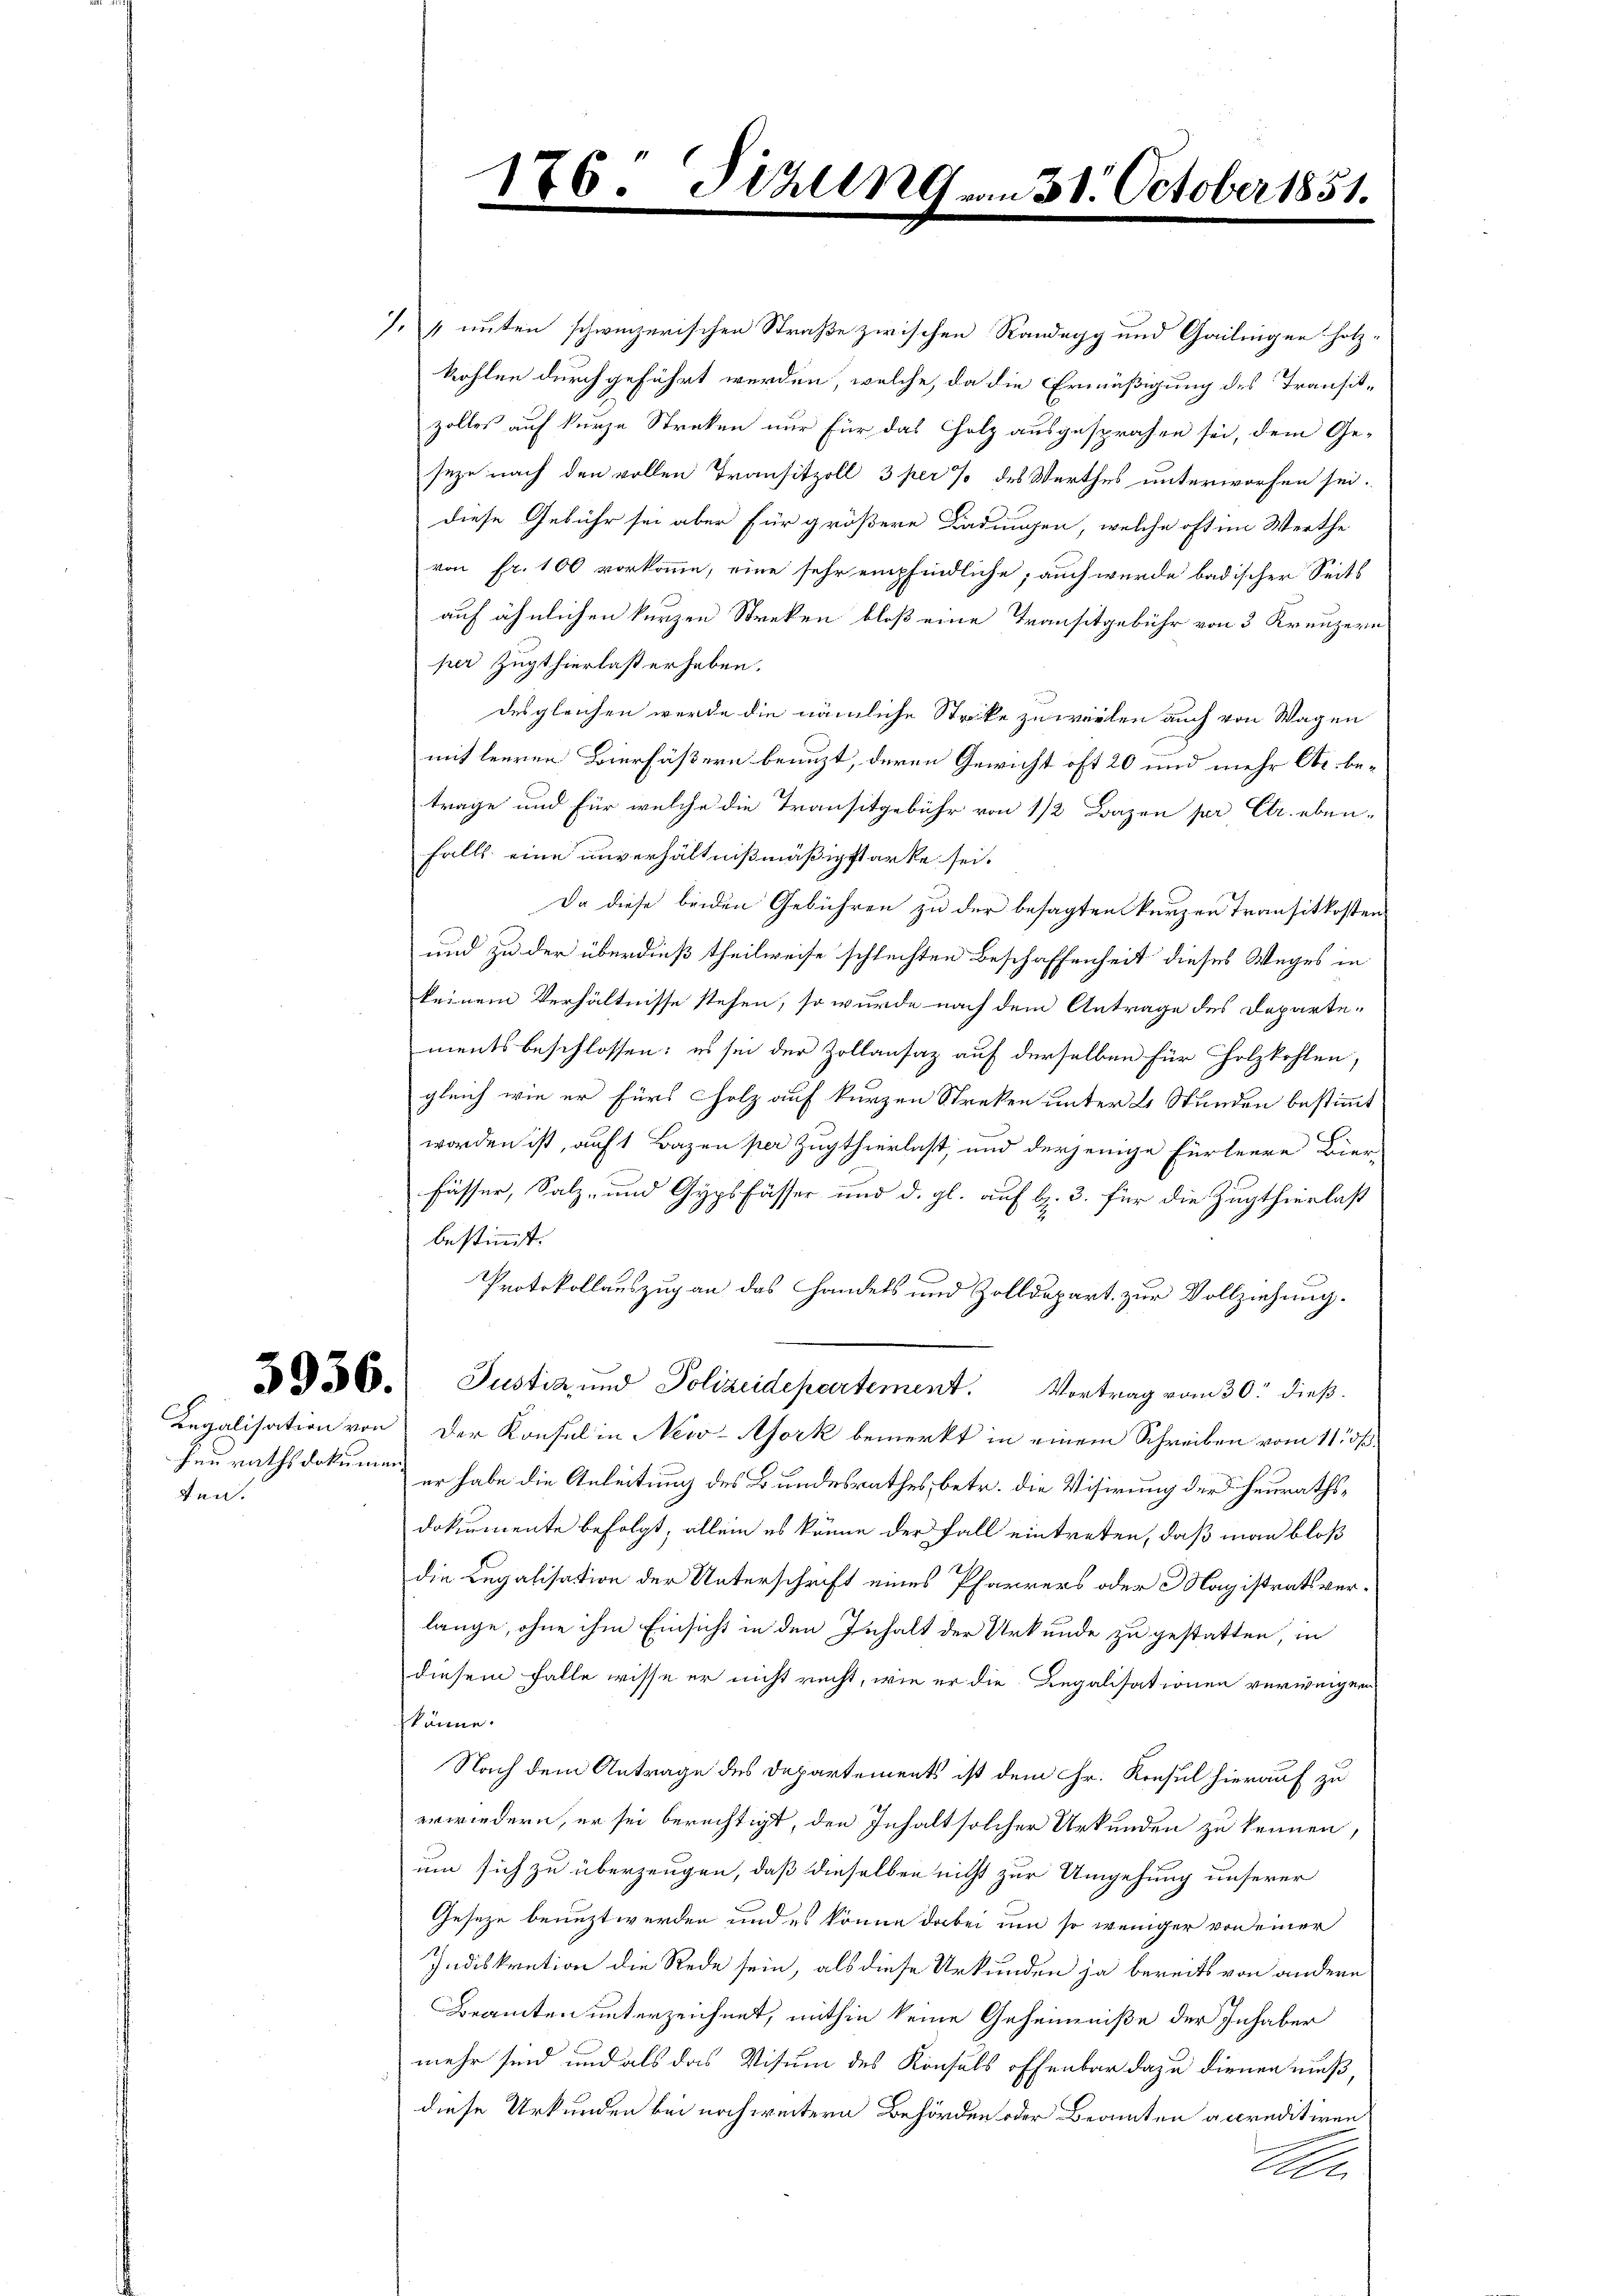
ten.

.

6. Sizung
e

7. & unten schweizerischen Straße zwischen Randegg und Gailingen hotz-
kohlen durchgeführt werden, welche, da die Ermäßigung des Transitzolles auf kurze Streken nur für das Holz ausgesprochen sei, dem Ge-
seze nach den vollen Transitzoll 3 per % des Werthes unterworfen sei.
diese Gebühr sei aber für größere Ladungen, welche oft im Werthe
von fr. 100 vorkomme, eine sehr empfindliche, auch wurde badischer Seits
auf ähnlichen kurzen Streken bloß eine Transitgebühr von 3 Kreuzern
per Zugthierlast erheben.
desgleichen werde die nämliche Stoke zuweilen auch von Wagen
mit leeren Bierfäßern benuzt, deren Gewicht oft 20 und mehr Obr. betrage und für welche die Transitgebühr von 1/2 Bazen pr Ctr. eben-
falls eine unverhältnißmäßig starke sei.
Da diese beiden Gebühren zu der besagten kurzen Transitkosten
und zu der überdieß theilweise schlechten Beschaffenheit dieses Weges in
keinem Verhältnisse stehen, so wurde nach dem Antrage des Departementsbeschlossen: es sei der Zollansaz auf derselben für Holzkohlen,
gleich wie er fürs Holz auf kurzen Streken unter 2 Stunden bestimmt
worden ist, auf 1 Bazen per Zugthierlast, und derjenige Fürteere Bier-
Fässer, Salz- und Gypsfässer und d. gl. auf d. 3. für die Zugthierlast
bestimmst.
C
Protokollauszug an das Handels und Zolldepart zur Vollziehung.
356. Justiz und Polizeidepartement. Vortrag vom 30. dieß.
Legalisation von der Konsul in New-Afork bemerkt in einem Schreiben vom 11t ös
henrathsdokumen er habe die Anleitung des Bundesrathes, betr. die Visirung der Heuraths¬
Dokumente befolgt, allein es könne der Fall eintreten, daß man bloß
die Legalisation der Unterschrift eines Pfarrers oder Magistratsverlange, ohne ihm Einsicht in den Inhalt der Urkunde zu gestatten, in
diesem Falle wisse er nicht recht, wie er die Legalisationen verweigen
könne.
Nach dem Antrage des Departements ist dem Hr. Konsul hierauf zu
erwiedern, er sei berechtigt, den Inhalt solcher Urkunden zu kennen,
um sich zu überzeugen, daß dieselben nicht zur Umgehung unserer
Geseze benuzt werden und es könne dabei um so weniger von einer
Indiskration die Rede sein, als diese Urkunden ja bereits von andern
Beamten unterzeichnet, mithin keine Geheimniße der Inhaber
mehr sind und als das Visum des Konsuls offenbar dazu dienen muß,
diese Urkunden bei noch weitern Behörden oder Beamten accreditiren
A

30. October 1851.